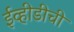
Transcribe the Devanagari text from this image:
ईव्हीडीची